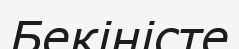
Бекіністе